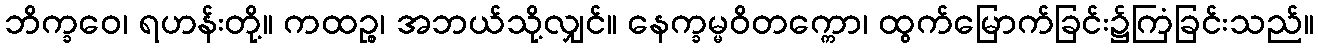
ဘိက္ခဝေ၊ ရဟန်းတို့။ ကထဉ္စ၊ အဘယ်သို့လျှင်။ နေက္ခမ္မဝိတက္ကော၊ ထွက်မြောက်ခြင်း၌ကြံခြင်းသည်။